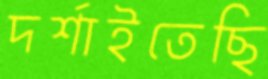
দর্শাইতেছি